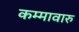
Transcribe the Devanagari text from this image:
कम्मावारु